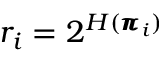
r _ { i } = 2 ^ { H ( \pmb { \pi } _ { i } ) }